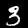
Digit: 3